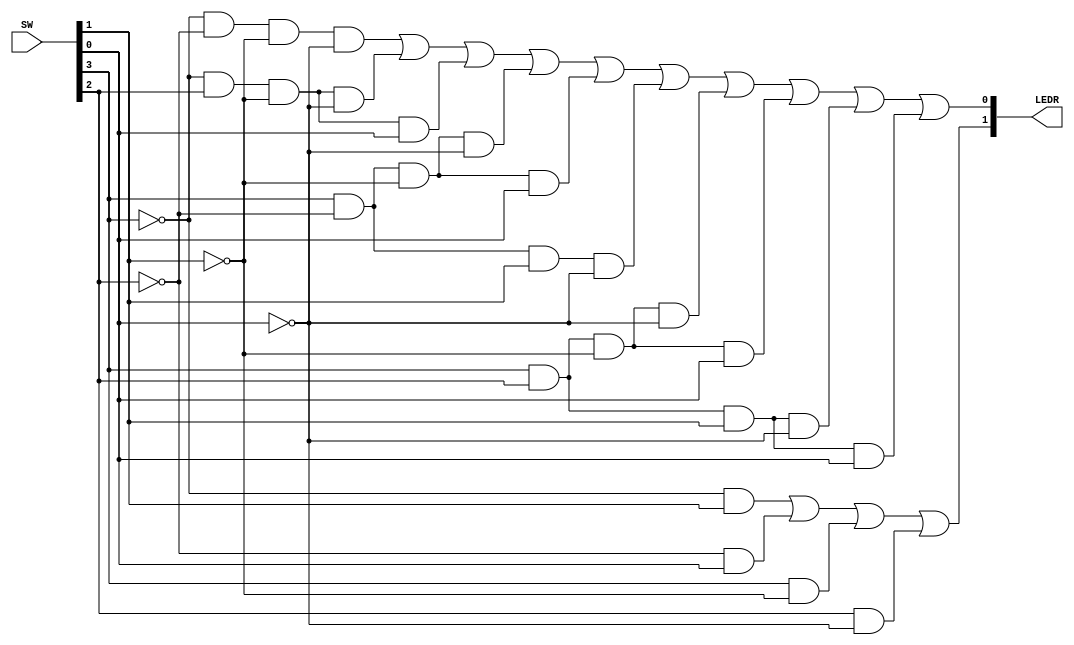

//PSEUDO CODE
/*
module dual2(x1, x0, y1, y0, f2, f1);

	// ===== INPUT/OUTPUT DECLARATIONS ===== //

	input x1, x0, y1, y0;
	output f1, f2;

	assign f1 = (~x1 &  y1) |
				(~x0 &  y0) |
				( x1 & ~y1) |
				( x0 & ~y0) ;

	assign f2 = (~x1 & ~x0 & ~y1 & ~y0) |
				(~x1 &  x0 & ~y1 & ~y0) |
				(~x1 &  x0 & ~y1 &  y0) |
				( x1 & ~x0 & ~y1 & ~y0) |
				( x1 & ~x0 & ~y1 &  y0) |
				( x1 & ~x0 &  y1 & ~y0) |
				( x1 &  x0 & ~y1 & ~y0) |
				( x1 &  x0 & ~y1 &  y0) |
				( x1 &  x0 &  y1 & ~y0) |
				( x1 &  x0 &  y1 &  y0) ;

endmodule
*/

//updated version


module dual2(SW, LEDR);

// ===== Input/Output Declarations ===== //
	input wire [9:6]SW;
	output wire [9:8]LEDR;

// ===== Net/Reg Declarations ===== //
   //reg [9:8]LEDR;

// ===== Logic ===== //
	assign LEDR[9] = (~SW[9] &  SW[7]) |
				(~SW[8] &  SW[6]) |
				( SW[9] & ~SW[7]) |
				( SW[8] & ~SW[6]) ;
				
	assign LEDR[8] = (~SW[9] & ~SW[8] & ~SW[7] & ~SW[6]) |
				(~SW[9] &  SW[8] & ~SW[7] & ~SW[6]) |
				(~SW[9] &  SW[8] & ~SW[7] &  SW[6]) |
				( SW[9] & ~SW[8] & ~SW[7] & ~SW[6]) |
				( SW[9] & ~SW[8] & ~SW[7] &  SW[6]) |
				( SW[9] & ~SW[8] &  SW[7] & ~SW[6]) |
				( SW[9] &  SW[8] & ~SW[7] & ~SW[6]) |
				( SW[9] &  SW[8] & ~SW[7] &  SW[6]) |
				( SW[9] &  SW[8] &  SW[7] & ~SW[6]) |
				( SW[9] &  SW[8] &  SW[7] &  SW[6]) ;

endmodule